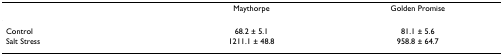
<table><thead><tr><td></td><td><b>Maythorpe</b></td><td><b>Golden Promise</b></td></tr></thead><tbody><tr><td>Control</td><td>68.2 ± 5.1</td><td>81.1 ± 5.6</td></tr><tr><td>Salt Stress</td><td>1211.1 ± 48.8</td><td>958.8 ± 64.7</td></tr></tbody></table>